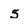
Character: 5